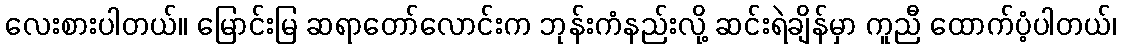
လေးစားပါတယ်။ မြောင်းမြ ဆရာတော်လောင်းက ဘုန်းကံနည်းလို့ ဆင်းရဲချိန်မှာ ကူညီ ထောက်ပံ့ပါတယ်၊